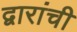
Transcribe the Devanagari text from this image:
द्वारांची